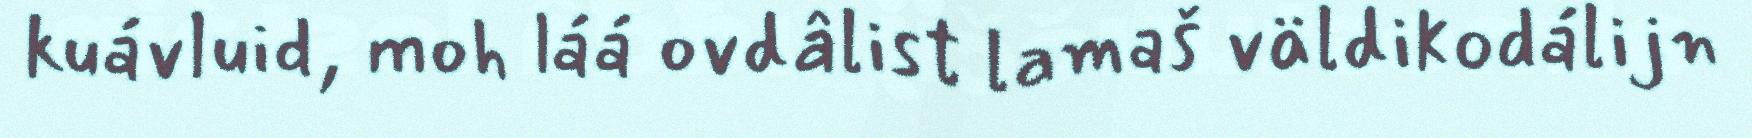
kuávluid, moh láá ovdâlist lamaš väldikodálijn